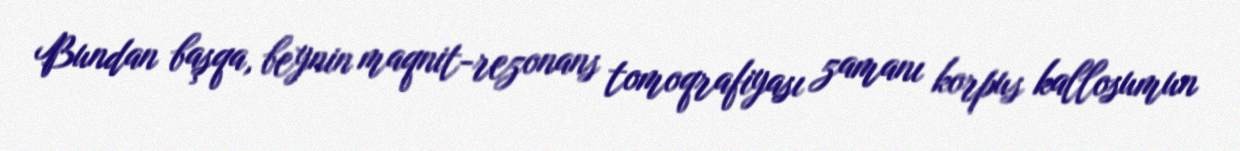
Bundan başqa, beynin maqnit-rezonans tomoqrafiyası zamanı korpus kallosumun